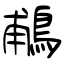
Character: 鵏